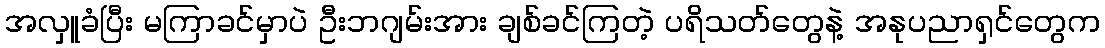
အလှူခံပြီး မကြာခင်မှာပဲ ဦးဘဂျမ်းအား ချစ်ခင်ကြတဲ့ ပရိသတ်တွေနဲ့ အနုပညာရှင်တွေက